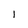
Character: 1